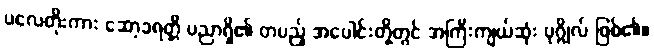
ပလေတိုးကား ဆော့ခရတ္တိ ပညာရှိ၏ တပည့် အပေါင်းတို့တွင် အကြီးကျယ်ဆုံး ပုဂ္ဂိုလ် ဖြစ်၏။